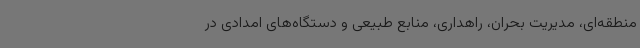
منطقه‌ای، مدیریت بحران، راهداری، منابع طبیعی و دستگاه‌های امدادی در